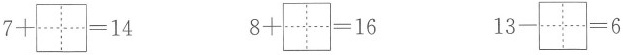
$$7+\aquare =14$$ $$8+\aquare =16$$ $$13-\aquare =6$$